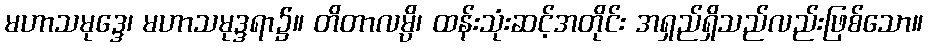
မဟာသမုဒ္ဒေ၊ မဟာသမုဒ္ဒရာ၌။ တိတာလမ္ပိ၊ ထန်းသုံးဆင့်အတိုင်း အရှည်ရှိသည်လည်းဖြစ်သော။